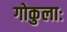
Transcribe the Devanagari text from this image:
गोकुलाः